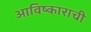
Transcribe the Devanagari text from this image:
आविष्काराची